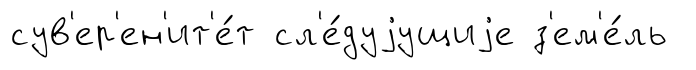
сув'ер'ен'ит'е́т сл'е́дуjущиjе з'ем'е́ль